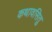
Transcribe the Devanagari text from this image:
कथावसितु